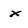
Character: x